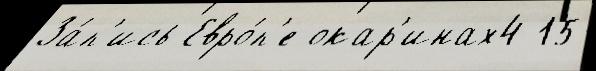
За́п'ись Евро́п'е окар'инах4 15